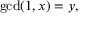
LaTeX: \operatorname* { g c d } ( 1 , x ) = y ,